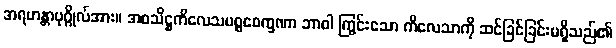
အရဟန္တာပုဂ္ဂိုလ်အား။ အဝသိဋ္ဌကိလေသပစ္စဝေက္ခဏာ ဘာဝါ ကြွင်းသော ကိလေသာကို ဆင်ခြင်ခြင်းမရှိသည်၏